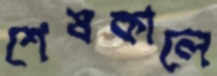
শেষকালে